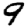
Digit: 9